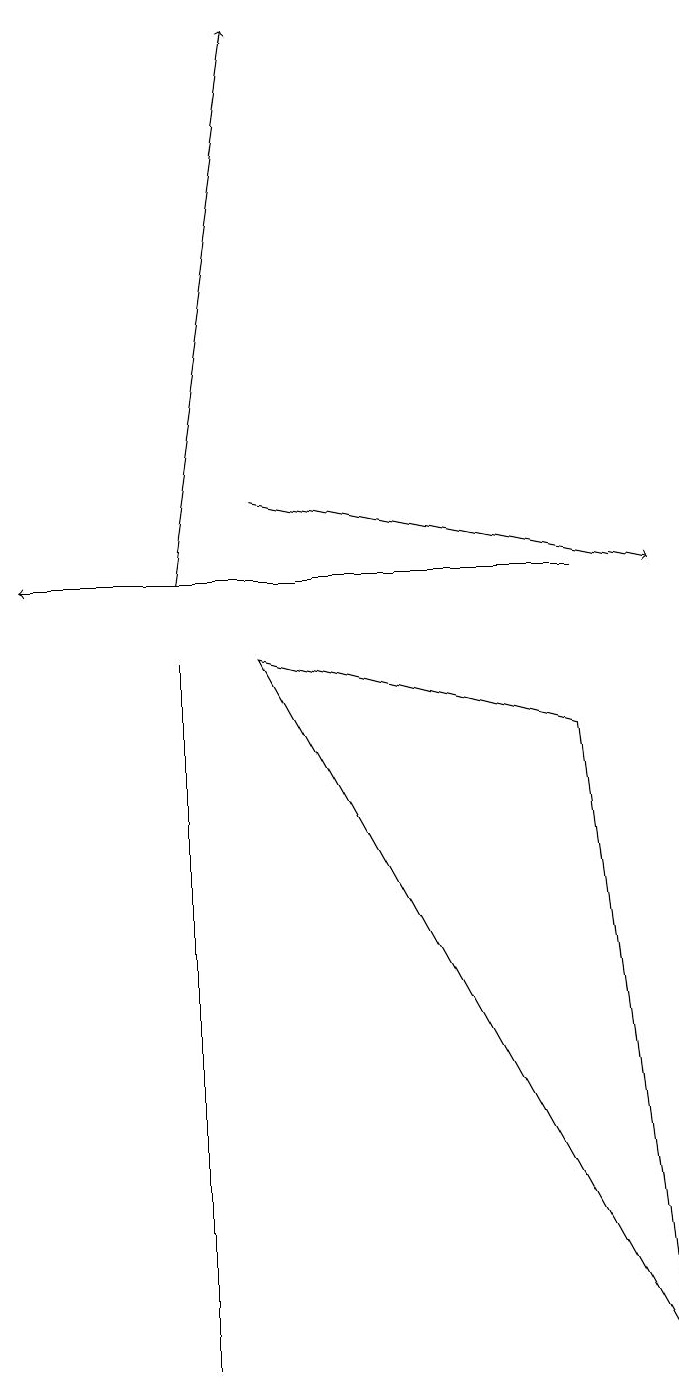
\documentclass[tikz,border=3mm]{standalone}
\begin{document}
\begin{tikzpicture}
\draw[->] (3,11) -- (8,10);
\draw (2,9) -- (2,6) -- (2,0) -- cycle;
\draw (8,0) -- (3,9) -- (7,8) -- cycle;
\draw[->] (7,10) -- (0,10);
\draw[->] (2,10) -- (3,17);
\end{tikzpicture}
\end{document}